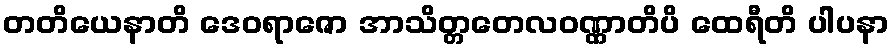
တတိယေနာတိ ဒေဝရာဇော အာသိတ္တတေလဝဏ္ဏာတိပိ ထေရီတိ ပါပနာ